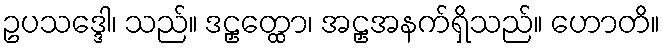
ဥပသဒ္ဒေါ၊ သည်။ ဒဠှတ္ထော၊ အဠှအနက်ရှိသည်။ ဟောတိ။